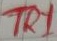
Text: TR1